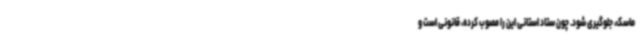
ماسک، جلوگیری شود. چون ستاد استانی این را مصوب کرده، قانونی است و